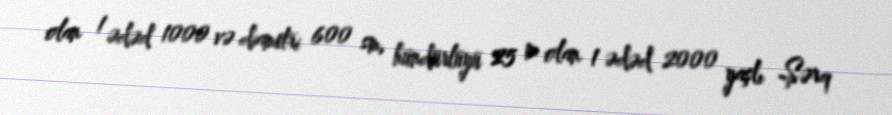
olan 1 ədəd 1000 və diametri 600 sm, hündürlüyü 25 m olan 1 ədəd 2000 yaşlı Şərq